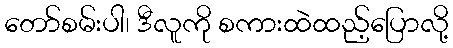
တော်စမ်းပါ၊ ဒီလူကို စကားထဲထည့်ပြောလို့